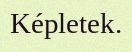
Képletek.